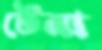
টেনা